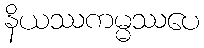
နိယဿကမ္မဿပေ